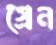
গ্রেন